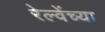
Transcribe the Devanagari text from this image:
रेल्वेंच्या